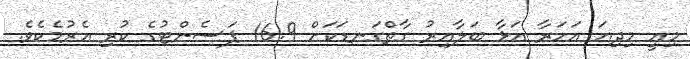
މިއީ މިދިޔަ އަހަރާ އަޅާ ބަލާއިރު ގާތްގަނޑަކަށް 16.9 ޕަސެންޓުގެ ކުރި އެރުމެކެވެ.